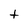
Character: t